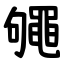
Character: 䵶